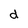
Character: d